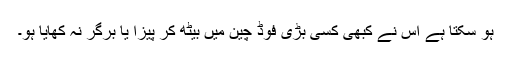
ہو سکتا ہے اس نے کبھی کسی بڑی فوڈ چین میں بیٹھ کر پیزا یا برگر نہ کھایا ہو۔